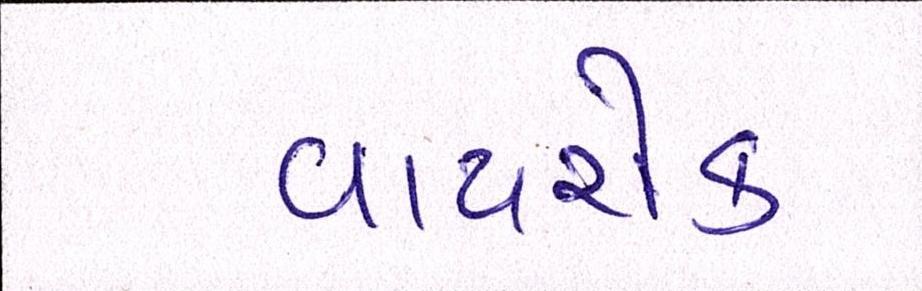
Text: વાયરોક